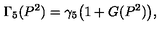
\Gamma _ { 5 } ( P ^ { 2 } ) = \gamma _ { 5 } \bigl ( 1 + G ( P ^ { 2 } ) \bigr ) ,